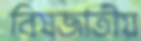
বিষজাতীয়